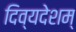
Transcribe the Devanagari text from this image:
दिव्यदेशम्